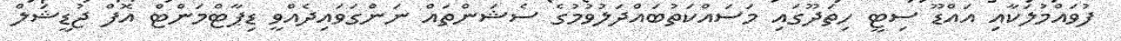
ފުވައްމުލަކާއި އައްޑޫ ސިޓީ ހިތަދޫގައި މަސައްކަތުބައްދަލުވުމުގެ ސެޝަންތައް ނަންގަވައިދެއްވީ ޑިޕާޓްމަންޓް އޮފް ޖުޑީޝަލް